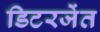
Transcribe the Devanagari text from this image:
डिटरजेंत